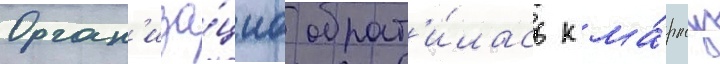
Орган'иза́циа обрат'и́лась к ма́рксу